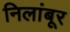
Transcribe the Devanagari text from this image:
निलांबूर